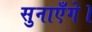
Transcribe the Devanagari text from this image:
सुनाएँगे।